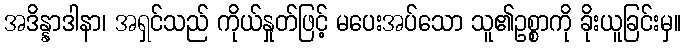
အဒိန္နာဒါနာ၊ အရှင်သည် ကိုယ်နှုတ်ဖြင့် မပေးအပ်သော သူ၏ဥစ္စာကို ခိုးယူခြင်းမှ။